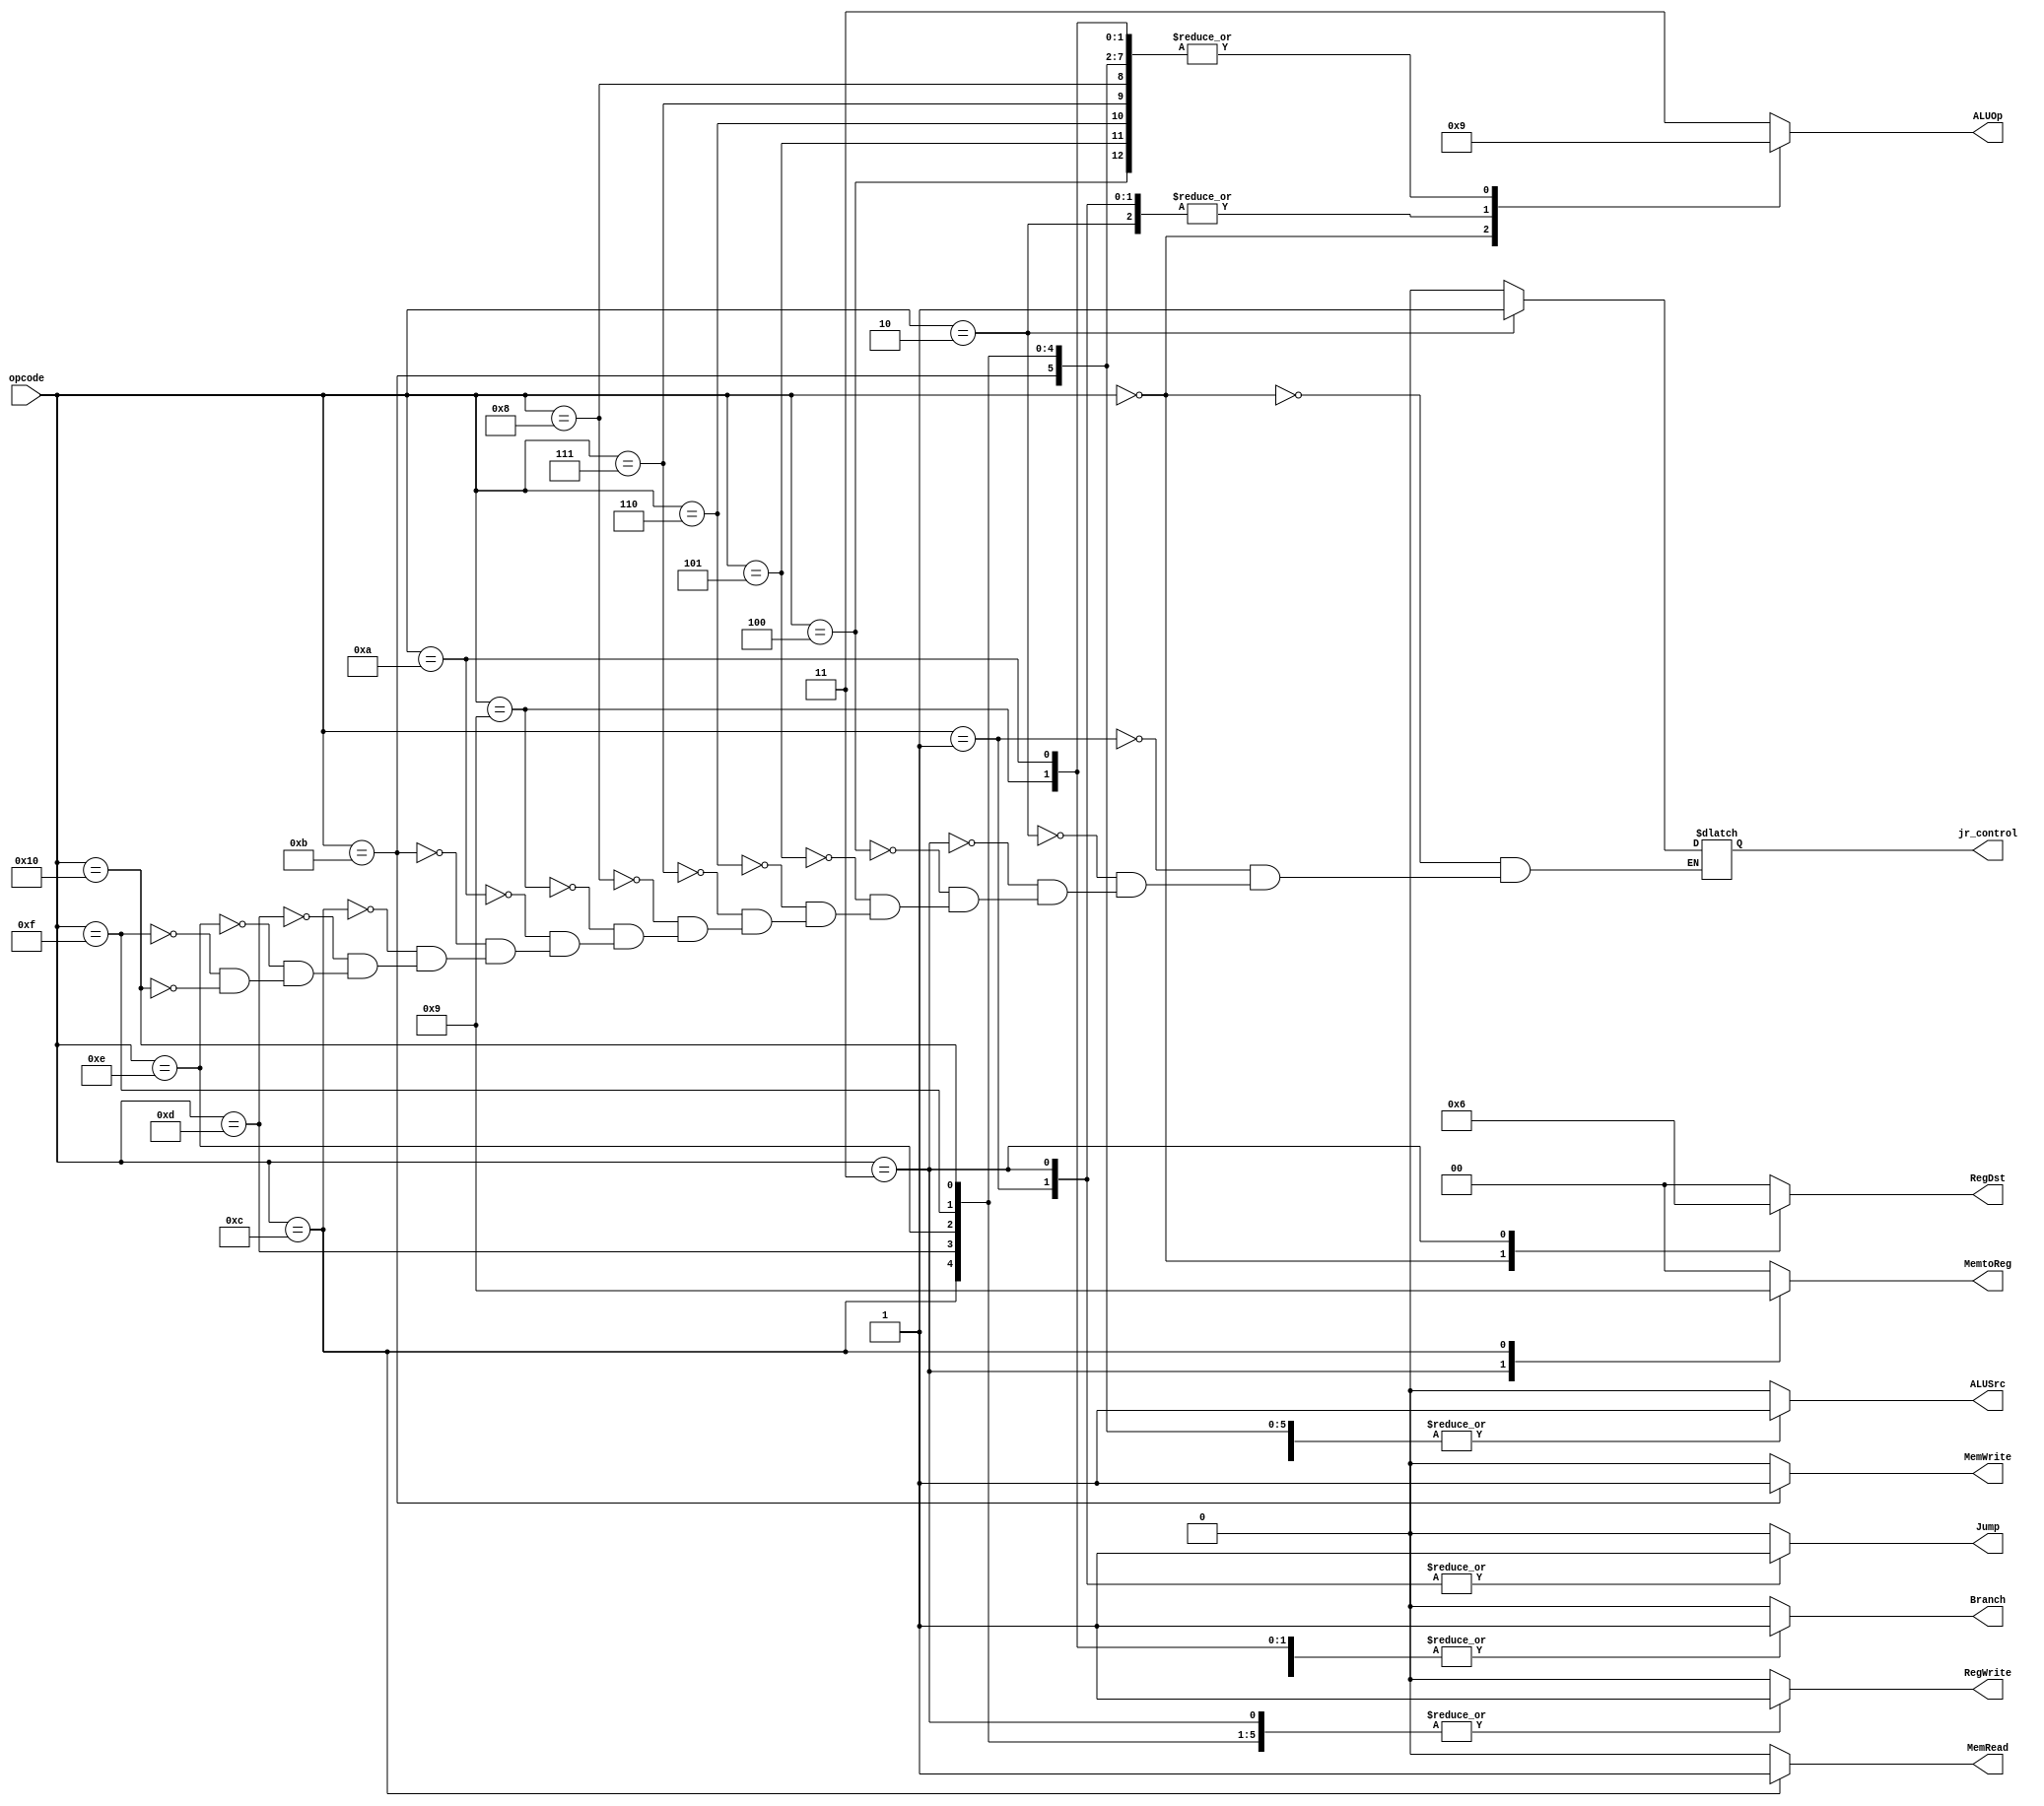
/*
This is the work of Shivam Singhal (200939) and Shrey Wadhawan (200948) and contains the code deliverables for the CS220 Assignment-7.
*/

/*
This is the main Control Unit which takes in input as the opcode of an instruction and asserts the various control signals
so as to perform the appropriate operation.
*/

module ControlUnit(input [5:0] opcode, output reg [1:0] RegDst, output reg Jump,output reg Branch,output reg MemRead,output reg [1:0]
 MemtoReg,output reg MemWrite,output reg ALUSrc,output reg RegWrite, output reg [1:0] ALUOp, output reg jr_control);

always @(*) begin
    case (opcode)
        0: 
        begin 
            ALUOp = 2'b0;
            Jump = 0;
            RegDst = 1;
            Branch = 0;
            MemRead = 0;
            MemtoReg = 0;
            MemWrite = 0; 
            ALUSrc = 0;
            RegWrite = 1;
            jr_control = 0;
        end
        1: 
        begin 
            ALUOp = 2'b10;
            Jump = 1;
            RegDst = 0;
            Branch = 0;
            MemRead = 0;
            MemtoReg = 0;
            MemWrite = 0;
            ALUSrc = 0;
            RegWrite = 0;
            jr_control = 0;
        end
        2: 
        begin 
            ALUOp = 2'b10;
            Jump = 0;
            RegDst = 0;
            Branch = 0;
            MemRead = 0;
            MemtoReg = 0;
            MemWrite = 0;
            ALUSrc = 0;
            RegWrite = 0;
            jr_control = 1;
        end
        3:
        begin 
            ALUOp = 2'b10;
            Jump = 1;
            RegDst = 2;
            Branch = 0;
            MemRead = 0;
            MemtoReg = 2;
            MemWrite = 0;
            ALUSrc = 0;
            RegWrite = 1;
            jr_control = 0;
        end
        4:
        begin 
            ALUOp = 2'b01;
            RegDst = 0;
            Jump = 0;
            Branch = 0;
            MemRead = 0;
            MemtoReg = 0;
            MemWrite = 0;
            ALUSrc = 1;
            RegWrite = 1;
            jr_control = 0;
        end
        5: 
        begin 
            ALUOp = 2'b01;
            RegDst = 0;
            Jump = 0;
            Branch = 1;
            MemRead = 0;
            MemtoReg = 0;
            MemWrite = 0;
            ALUSrc = 0;
            RegWrite = 0;
            jr_control = 0;
        end
        6:
        begin 
            ALUOp = 2'b01;
            RegDst = 0;
            Jump = 0;
            Branch = 1;
            MemRead = 0;
            MemtoReg = 0;
            MemWrite = 0;
            ALUSrc = 0;
            RegWrite = 0;
            jr_control = 0;
        end
        7:
        begin 
            ALUOp = 2'b01;
            RegDst = 0;
            Jump = 0;
            Branch = 1;
            MemRead = 0;
            MemtoReg = 0;
            MemWrite = 0;
            ALUSrc = 0;
            RegWrite = 0;
            jr_control = 0;
        end
        8:
        begin 
            ALUOp = 2'b01;
            RegDst = 0;
            Jump = 0;
            Branch = 1;
            MemRead = 0;
            MemtoReg = 0;
            MemWrite = 0;
            ALUSrc = 0;
            RegWrite = 0;
            jr_control = 0;
        end
        9:
        begin 
            ALUOp = 2'b01;
            RegDst = 0;
            Jump = 0;
            Branch = 1;
            MemRead = 0;
            MemtoReg = 0;
            MemWrite = 0;
            ALUSrc = 0;
            RegWrite = 0;
            jr_control = 0;
        end
        10:
        begin 
            ALUOp = 2'b01;
            RegDst = 0;
            Jump = 0;
            Branch = 1;
            MemRead = 0;
            MemtoReg = 0;
            MemWrite = 0;
            ALUSrc = 0;
            RegWrite = 0;
            jr_control = 0;
        end
        11:
        begin 
            ALUOp = 2'b01;
            RegDst = 0;
            Jump = 0;
            Branch = 0;
            MemRead = 0;
            MemtoReg = 0;
            MemWrite = 1;
            ALUSrc = 1;
            RegWrite = 0;
            jr_control = 0;
        end
        12:
        begin 
            ALUOp = 2'b01;
            RegDst = 0;
            Jump = 0;
            Branch = 0;
            MemRead = 1;
            MemtoReg = 1;
            MemWrite = 0;
            ALUSrc = 1;
            RegWrite = 1;
            jr_control = 0;
        end
        13:
        begin 
            ALUOp = 2'b01;
            RegDst = 0;
            Jump = 0;
            Branch = 0;
            MemRead = 0;
            MemtoReg = 0;
            MemWrite = 0;
            ALUSrc = 1;
            RegWrite = 1;
            jr_control = 0;
        end
        14:
        begin 
            ALUOp = 2'b01;
            RegDst = 0;
            Jump = 0;
            Branch = 0;
            MemRead = 0;
            MemtoReg = 0;
            MemWrite = 0;
            ALUSrc = 1;
            RegWrite = 1;
            jr_control = 0;
        end
        15:
        begin 
            ALUOp = 2'b01;
            RegDst = 0;
            Jump = 0;
            Branch = 0;
            MemRead = 0;
            MemtoReg = 0;
            MemWrite = 0;
            ALUSrc = 1;
            RegWrite = 1;
            jr_control = 0;
        end
        16:
        begin 
            ALUOp = 2'b01;
            RegDst = 0;
            Jump = 0;
            Branch = 0;
            MemRead = 0;
            MemtoReg = 0;
            MemWrite = 0;
            ALUSrc = 1;
            RegWrite = 1;
            jr_control = 0;
        end
        default: begin 
            ALUOp = 2'b11;
            RegDst = 0;
            Jump = 0;
            Branch = 0;
            MemRead = 0;
            MemtoReg = 0;
            MemWrite = 0;
            ALUSrc = 0;
            RegWrite = 0;
        end
    endcase
end

// always @(*) $display("opcode = %d", opcode);

endmodule